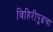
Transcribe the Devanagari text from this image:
विहिरीपुढचा